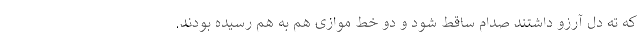
که ته دل آرزو داشتند صدام ساقط شود و دو خط موازی هم به هم رسیده بودند.